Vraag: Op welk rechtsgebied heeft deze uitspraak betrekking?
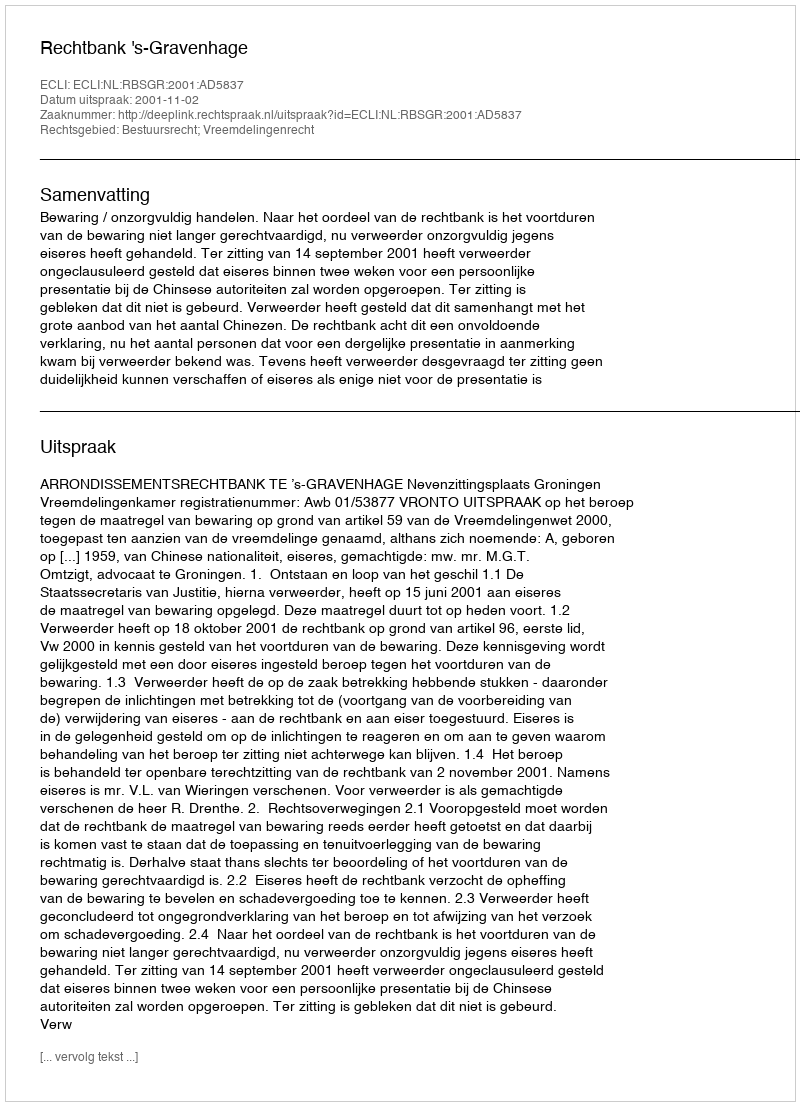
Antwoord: Bestuursrecht; Vreemdelingenrecht